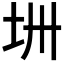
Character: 𫭜